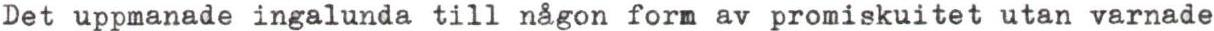
Det uppmanade ingalunda till någon form av promiskuitet utan varnade